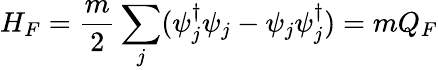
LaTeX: H_{F}=\frac{m}{2}\sum_{j}(\psi_{j}^{\dagger}\psi_{j}-\psi_{j}\psi_{j}^{\dagger})=mQ_{F}